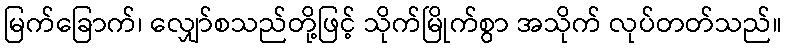
မြက်ခြောက်၊ လျှော်စသည်တို့ဖြင့် သိုက်မြိုက်စွာ အသိုက် လုပ်တတ်သည်။